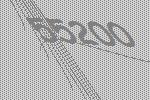
55200